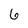
Character: 6